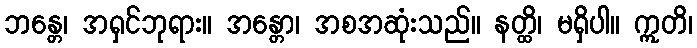
ဘန္တေ၊ အရှင်ဘုရား။ အန္တော၊ အစအဆုံးသည်။ နတ္ထိ၊ မရှိပါ။ ဣတိ၊